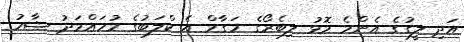
އަދި ލީގުގެ އެންމެ މޮޅު ލިބެރޯގެ މަގާމް އެ ކްލަބުގެ މުހައްމަދު ޝާހު